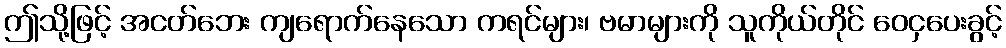
ဤသို့ဖြင့် အငတ်ဘေး ကျရောက်နေသော ကရင်များ၊ ဗမာများကို သူကိုယ်တိုင် ဝေငှပေးခွင့်